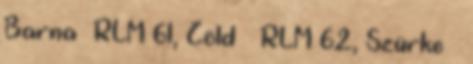
Barna RLM 61, Zöld RLM 62, Szürke